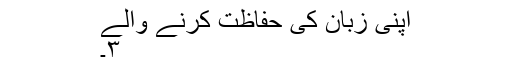
اپنی زبان کی حفاظت کرنے والے
۳۔